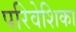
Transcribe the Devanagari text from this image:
परिवेशिका